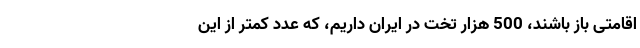
اقامتی باز باشند، 500 هزار تخت در ایران داریم، که عدد کمتر از این